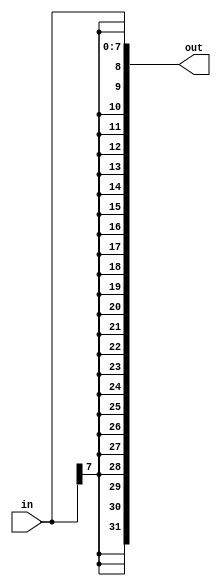
/*
Problem Statement: Build a circuit that sign-extends an 8-bit number to 32 bits. 
                   This requires a concatenation of 24 copies of the sign bit (i.e., replicate bit[7] 24 times) followed by the 8-bit number itself.
*/

//Solution: 

module top_module (
    input [7:0] in,
    output [31:0] out );

    assign out = { {24{in[7]}},in };

endmodule